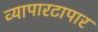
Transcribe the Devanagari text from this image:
व्यापारटापार